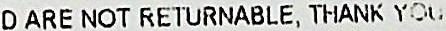
D ARE NOT RETURNABLE, THANK YOU